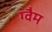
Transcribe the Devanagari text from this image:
ग्वैम